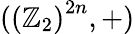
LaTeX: (\left(\mathbb{Z}_{2}\right)^{2n},+)